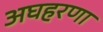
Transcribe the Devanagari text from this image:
अघहरणा